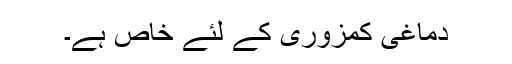
دماغی کمزوری کے لئے خاص ہے۔